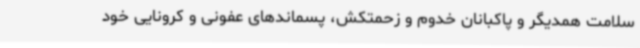
سلامت همدیگر و پاکبانان خدوم و زحمتکش، پسماندهای عفونی و کرونایی خود